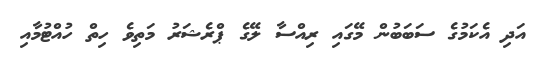
އަދި އެކަމުގެ ސަބަބުން މޭގައި ރިއްސާ ލޭގެ ޕްރެޝަރު މަތިވެ ހިތް ހުއްޓުމާއި